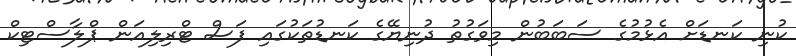
ކުނި ކަނޑަށް އެޅުމުގެ ސަބަބުން މިވަގުތު ދުނިޔޭގެ ކަނޑުތަކުގައި ފަސް ޓްރިލިއަން ޕްލާސްޓިކް